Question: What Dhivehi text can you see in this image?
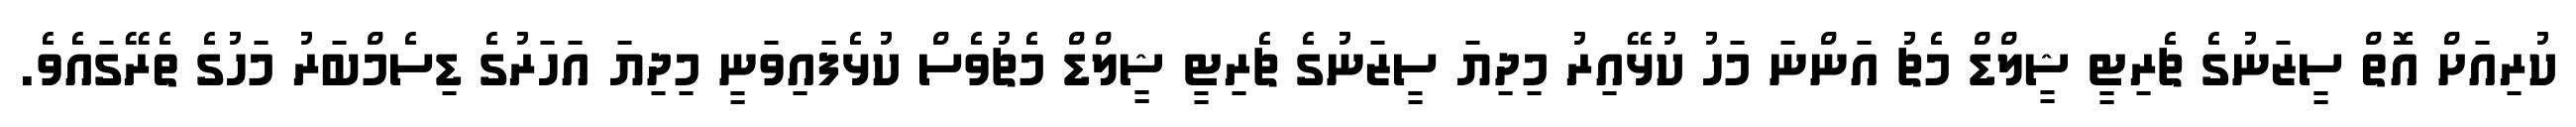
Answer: ކުރިއަށް އޮތް ސީޒަނުގެ ޗެރިޓީ ޝީލްޑް މެޗު އަންނަ މަހު ކުޅޭއިރު މިދިޔަ ސީޒަނުގެ ޗެރިޓީ ޝީލްޑް މެޗުވެސް ކުޅެފައިވަނީ މިދިޔަ އަހަރުގެ ޑިސެމްބަރު މަހުގެ ތެރޭގައެވެ.